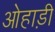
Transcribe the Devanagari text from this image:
ओहाड़ी